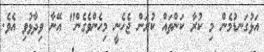
އަޅުގަނޑުމެން މި ކުރާ ކަންތައް ކުރަން ޖެހެނީ މިހެންވެގެން" އޭނާ ވިދާޅުވި އެވެ.